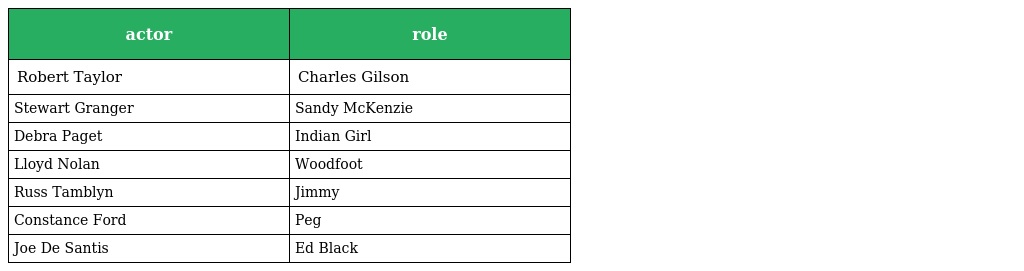
| actor | role |
 | --- | --- |
 | Robert Taylor | Charles Gilson |
 | Stewart Granger | Sandy McKenzie |
 | Debra Paget | Indian Girl |
 | Lloyd Nolan | Woodfoot |
 | Russ Tamblyn | Jimmy |
 | Constance Ford | Peg |
 | Joe De Santis | Ed Black |